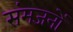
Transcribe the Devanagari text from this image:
संमजनों